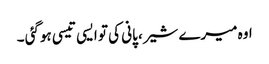
اوہ میرے شیر، پانی کی تو ایسی تیسی ہوگئی ۔